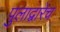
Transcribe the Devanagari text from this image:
पुलाद्वारेच